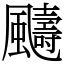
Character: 䬞